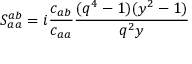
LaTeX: \displaystyle S _ { a a } ^ { a b } = i \frac { c _ { a b } } { c _ { a a } } \frac { ( q ^ { 4 } - 1 ) ( y ^ { 2 } - 1 ) } { q ^ { 2 } y }